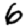
Digit: 6